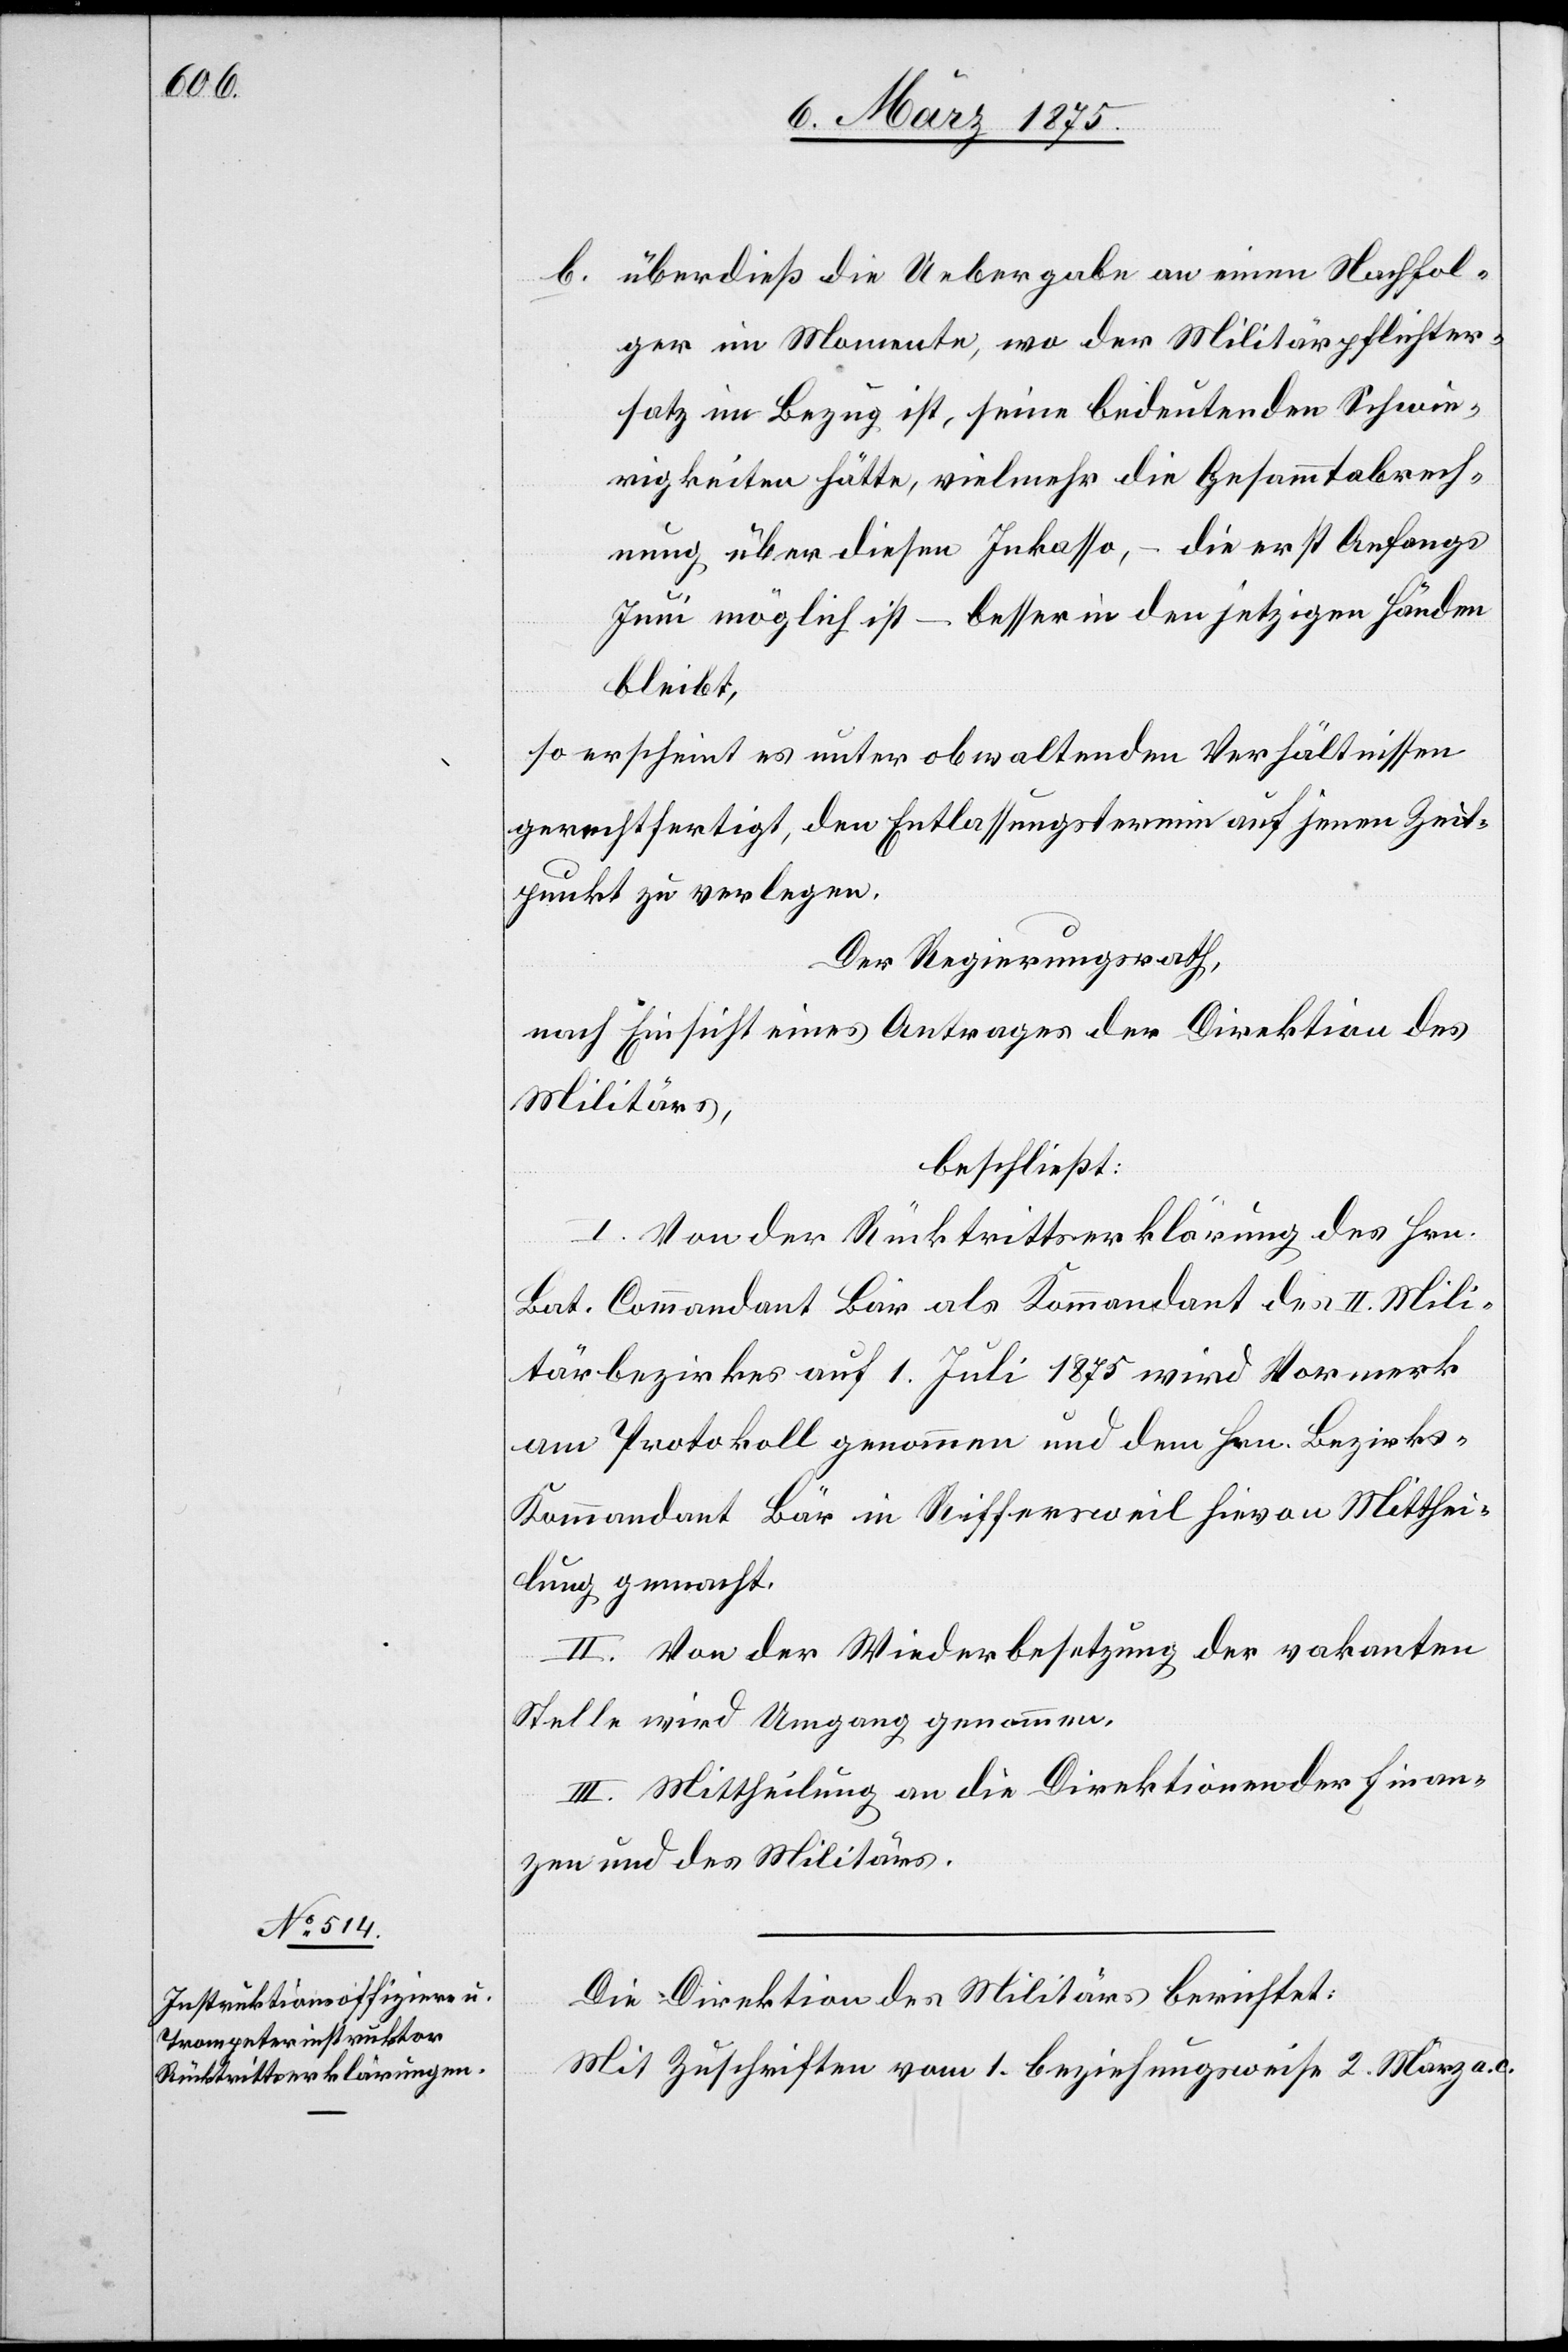
überdieß die Uebergabe an einen Nachfol¬
b.
ger im Momente, wo der Militärpflichter¬
satz im Bezug ist, seine bedeutenden Schwie¬
rigkeiten hätte, vielmehr die Gesammtabrech¬
nung über diesen Inkasso – die erst Anfangs
Juni möglich ist – besser in den jetzigen Händen
bleibt,
so erscheint es unter obwaltenden Verhältnissen
gerechtfertigt, den Entlassungstermin auf jenen Zeit¬
punkt zu verlegen.
Der Regierungsrath,
nach Einsicht eines Antrages der Direktion des
Militärs,
beschließt:
I. Von der Rücktrittserklärung des Hrn.
Bat. Commandant Bär als Kommandant des II. Mili¬
tärbezirkes auf 1. Juli 1875 wird Vermerk
am Protokoll genommen und dem Hrn. Bezirks¬
kommandant Bär in Rifferswil hievon Mitthei¬
lung gemacht.
II. Von der Wiederbesetzung der vakanten
Stelle wird Umgang genommen.
III. Mittheilung an die Direktionen der Finan¬
zen und des Militärs.
Die Direktion des Militärs berichtet:
Mit Zuschriften vom 1. beziehungsweise 2. März a. c.